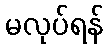
မလုပ်ရန်